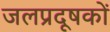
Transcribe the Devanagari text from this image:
जलप्रदूषकों